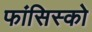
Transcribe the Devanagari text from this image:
फांसिस्को